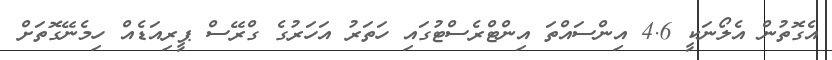
އެގޮތުން އެލޯނަކީ 4.6 އިންސައްތަ އިންޓްރެސްޓުގައި ހަތަރު އަހަރުގެ ގްރޭސް ޕީރިއަޑެއް ހިމެނޭގޮތަށް